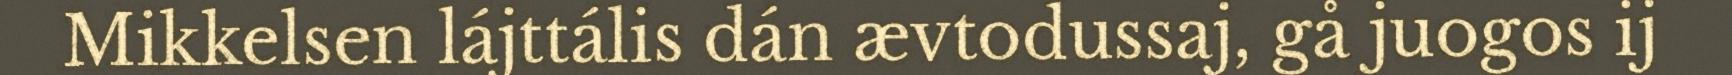
Mikkelsen lájttális dán ævtodussaj, gå juogos ij